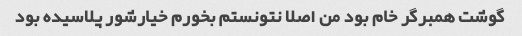
گوشت همبرگر خام بود من اصلا نتونستم بخورم خیارشور پلاسیده بود